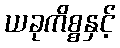
ယခုကိစ္စနှင့်